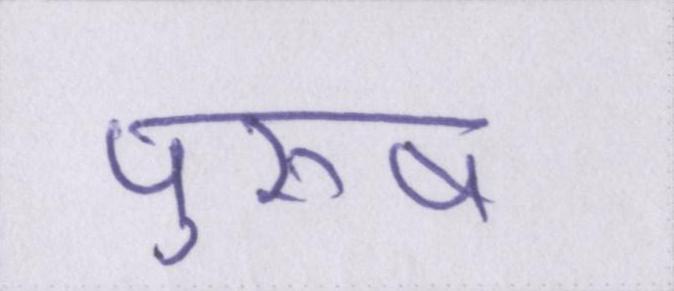
पुरूष